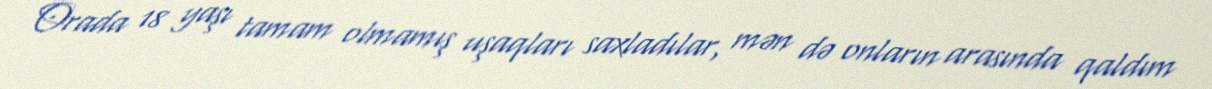
Orada 18 yaşı tamam olmamış uşaqları saxladılar, mən də onların arasında qaldım